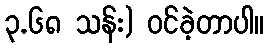
၃.၆၈ သန်း) ဝင်ခဲ့တာပါ။